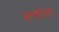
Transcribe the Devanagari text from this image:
सन्शोधन